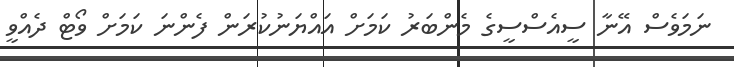
ނަމަވެސް އޭނާ ސީއެސްސީގެ މެންބަރު ކަމަށް އައްޔަނުކުރަން ފެންނަ ކަމަށް ވޯޓް ދެއްވީ